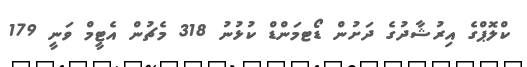
ކްލޮޕްގެ އިރުޝާދުގެ ދަށުން ޑޯޓމަންޑް ކުޅުނު 318 މެޗުން އެޓީމް ވަނީ 179